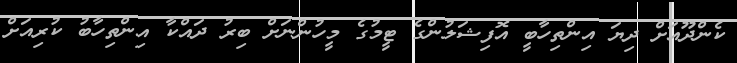
ކެންދޫއަށް ދިޔަ އިންތިހާބީ އޮފިޝަލުންގެ ޓީމުގެ މީހުންނަށް ބިރު ދައްކާ އިންތިހާބު ކުރިއަށް